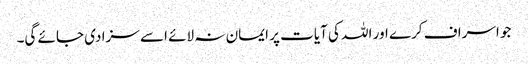
جو اسراف کرے اور اللہ کی آیات پر ایمان نہ لائے اسے سزا دی جائے گی۔